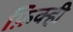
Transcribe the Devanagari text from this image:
फ़िक्ही